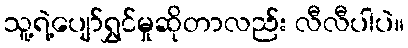
သူ့ရဲ့ပျော်ရွှင်မှုဆိုတာလည်း လီလီပါပဲ။